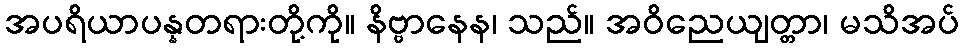
အပရိယာပန္နတရားတို့ကို။ နိဗ္ဗာနေန၊ သည်။ အဝိညေယျတ္တာ၊ မသိအပ်